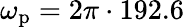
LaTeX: \omega_{\mathrm{p}}=2\pi\cdot 192.6